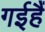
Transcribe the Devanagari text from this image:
गईहैं